画像に写った文字を読んでください
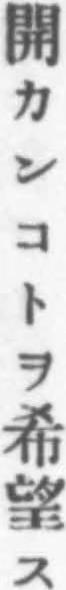
「開カンコトヲ希望ス」と書いてあります